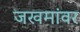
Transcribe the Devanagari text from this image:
जखमांवर